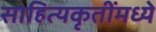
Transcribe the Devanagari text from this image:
साहित्यकृतींमध्ये